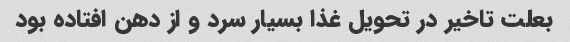
بعلت تاخیر در تحویل غذا بسیار سرد و از دهن افتاده بود